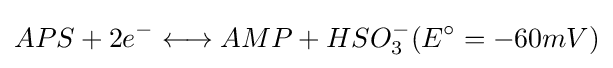
APS+2e^{-}\longleftrightarrow AMP+HSO_{3}^{-}(E^{\circ }=-60mV)